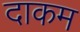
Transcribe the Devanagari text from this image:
दाकम